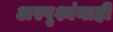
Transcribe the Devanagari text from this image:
अस्पृश्यंनाही